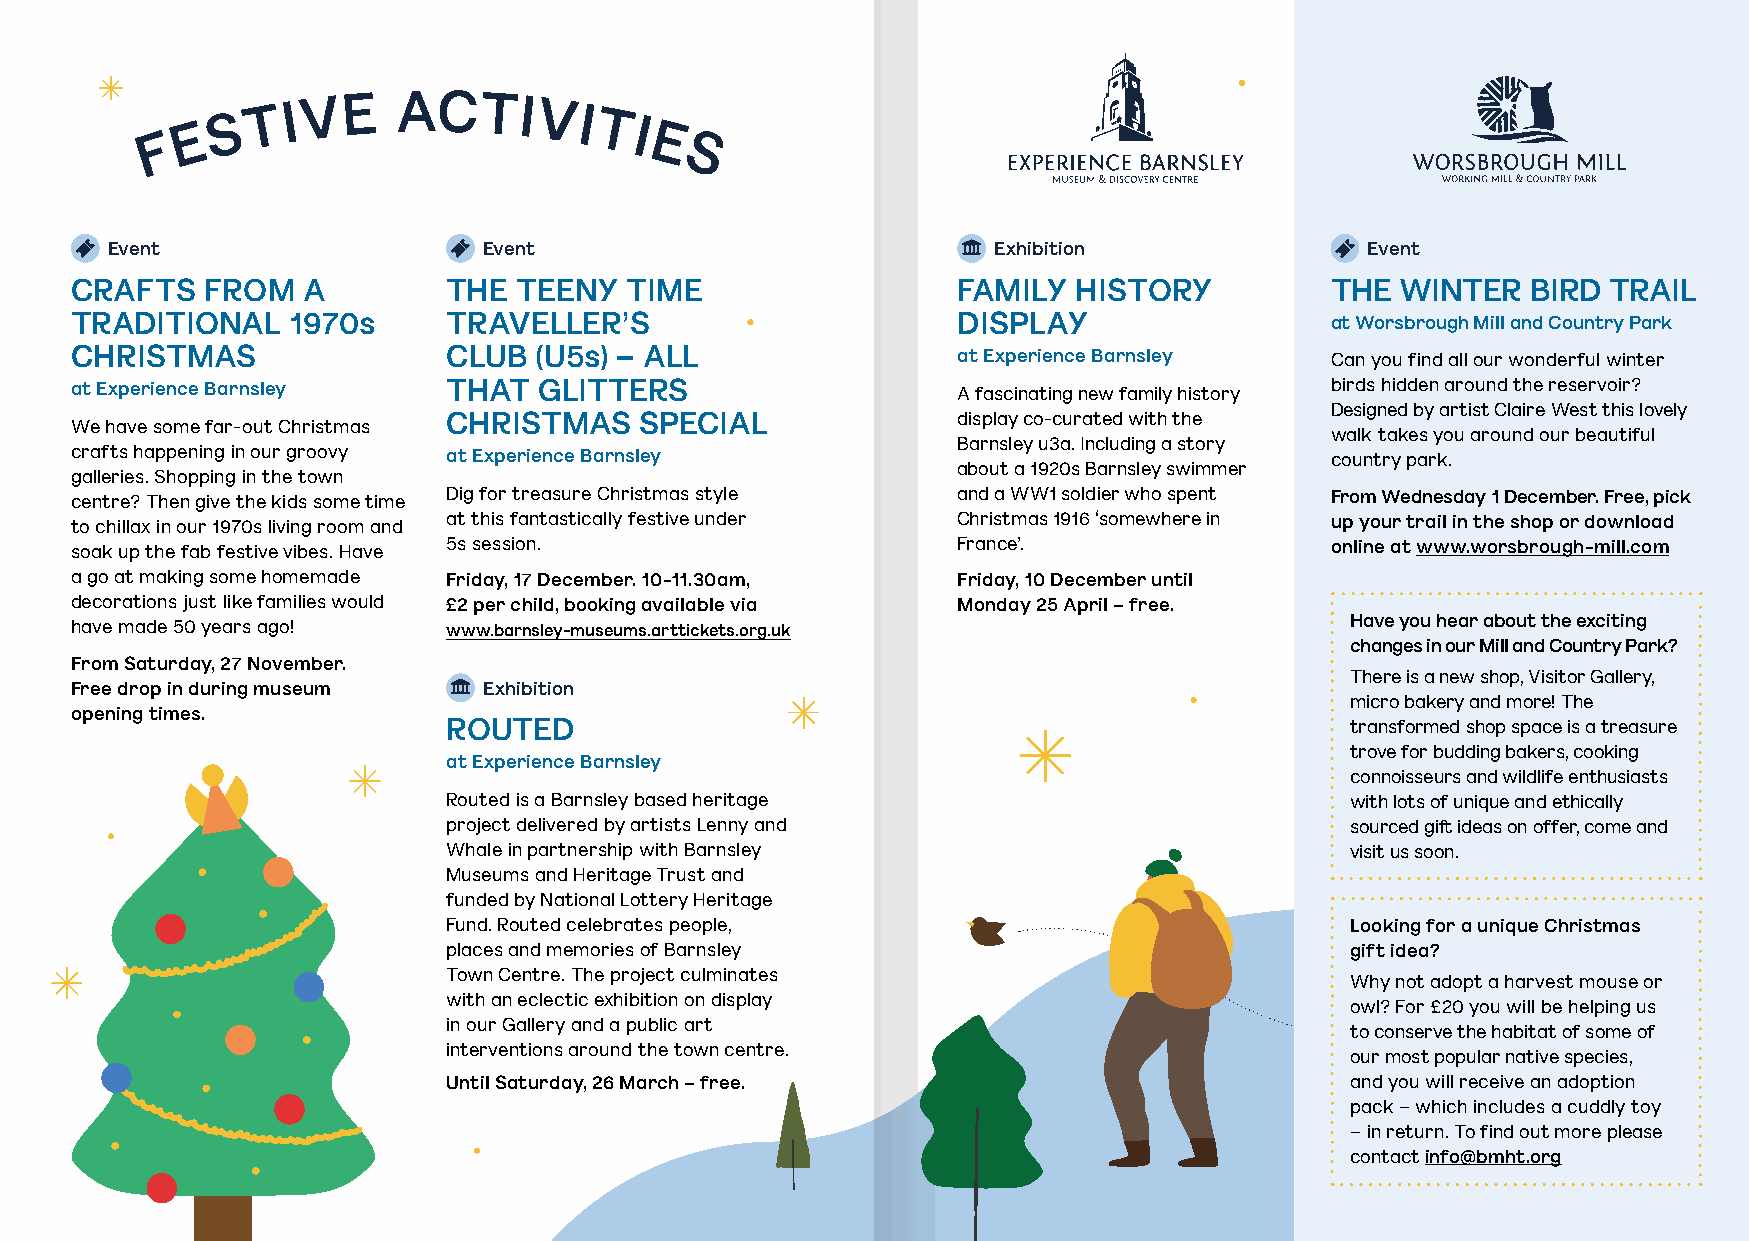
E S
 T I V E  ACTIVI
 TI
 F                               E
 S
 Event                    Event                             Exhibition              Event
 CRAFTS   FROM  A         THE TEENY  TIME                  FAMILY  HISTORY          THE  WINTER  BIRD TRAIL
 TRADITIONAL   1970s      TRAVELLER’S                      DISPLAY                  at Worsbrough Mill and Country Park
 CHRISTMAS                CLUB (U5s) – ALL                 at Experience Barnsley   Can you find all our wonderful winter
 at Experience Barnsley   THAT  GLITTERS                   A fascinating new family history birds hidden around the reservoir?
 Designed by artist Claire West this lovely
 We have some far-out Christmas CHRISTMAS SPECIAL          display co-curated with the
 walk takes you around our beautiful
 Barnsley u3a. Including a story
 crafts happening in our groovy at Experience Barnsley                              country park.
 about a 1920s Barnsley swimmer
 galleries. Shopping in the town
 centre? Then give the kids some time Dig for treasure Christmas style and a WW1 soldier who spent From Wednesday 1 December. Free, pick
 to chillax in our 1970s living room and at this fantastically festive under Christmas 1916 ‘somewhere in up your trail in the shop or download
 soak up the fab festive vibes. Have 5s session.           France’.                 online at www.worsbrough-mill.com
 a go at making some homemade Friday, 17 December. 10-11.30am, Friday, 10 December until
 decorations just like families would £2 per child, booking available via Monday 25 April – free.
 have made 50 years ago!  www.barnsley-museums.arttickets.org.uk                     Have you hear about the exciting
 changes in our Mill and Country Park?
 From Saturday, 27 November.
 There is a new shop, Visitor Gallery,
 Free drop in during museum Exhibition
 micro bakery and more! The
 opening times.
 ROUTED                                                     transformed shop space is a treasure
 trove for budding bakers, cooking
 at Experience Barnsley
 connoisseurs and wildlife enthusiasts
 Routed is a Barnsley based heritage                        with lots of unique and ethically
 project delivered by artists Lenny and                     sourced gift ideas on offer, come and
 Whale in partnership with Barnsley                         visit us soon.
 Museums and Heritage Trust and
 funded by National Lottery Heritage
 Fund. Routed celebrates people,                            Looking for a unique Christmas
 places and memories of Barnsley                            gift idea?
 Town Centre. The project culminates
 Why not adopt a harvest mouse or
 with an eclectic exhibition on display
 owl? For £20 you will be helping us
 in our Gallery and a public art
 to conserve the habitat of some of
 interventions around the town centre.
 our most popular native species,
 Until Saturday, 26 March – free.                           and you will receive an adoption
 pack – which includes a cuddly toy
 – in return. To find out more please
 contact info@bmht.org